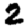
Digit: 2